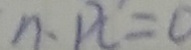
n 、 H ^ { \prime } = 0